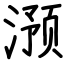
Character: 滪